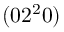
( 0 2 ^ { 2 } 0 )